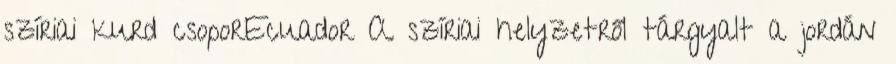
szíriai kurd csoporEcuador A szíriai helyzetről tárgyalt a jordán